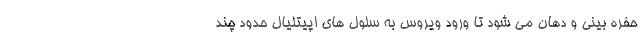
حفره بینی و دهان می شود تا ورود ویروس به سلول های اپیتلیال حدود چند